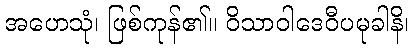
အဟေသုံ၊ ဖြစ်ကုန်၏။ ဝိသာဝါဒေဝီပမုခါနိ၊